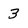
Character: 3